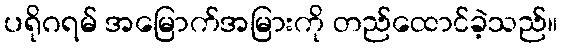
ပရိုဂရမ် အမြောက်အမြားကို တည်ထောင်ခဲ့သည်။